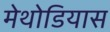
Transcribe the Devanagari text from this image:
मेथोडियास